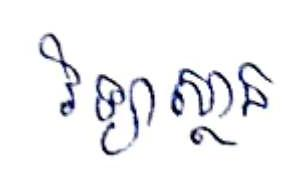
វិទ្យាស្ថាន